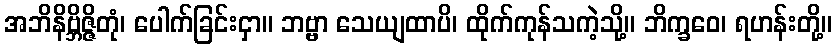
အဘိနိဗ္ဘိဇ္ဇိတုံ၊ ပေါက်ခြင်းငှာ။ ဘဗ္ဗာ သေယျထာပိ၊ ထိုက်ကုန်သကဲ့သို့။ ဘိက္ခဝေ၊ ရဟန်းတို့။